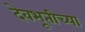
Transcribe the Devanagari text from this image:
देवभूतीच्या